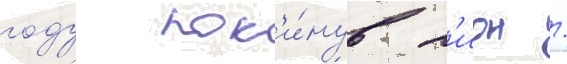
году пок'и́нув л'ион /